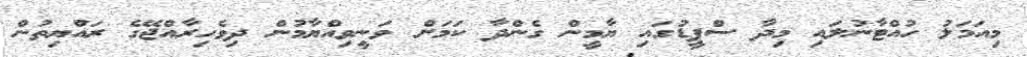
މިއަމަލު ހުއްޓާނުލައި މިދާ ސްޕީޑުގައި ޔާމީން ގެންދާ ކަމަށް ވަނީވިއްޔާމުން ދިވެހިރާއްޖޭގެ ރައްޔިތުން